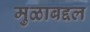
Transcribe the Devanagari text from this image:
मुळाबद्दल